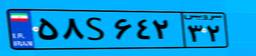
۳۲S۴۴۷۵۰